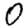
Digit: 0